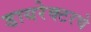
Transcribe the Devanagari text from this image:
डायरेक्टरचे